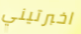
اخبرتيني